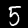
Digit: 5